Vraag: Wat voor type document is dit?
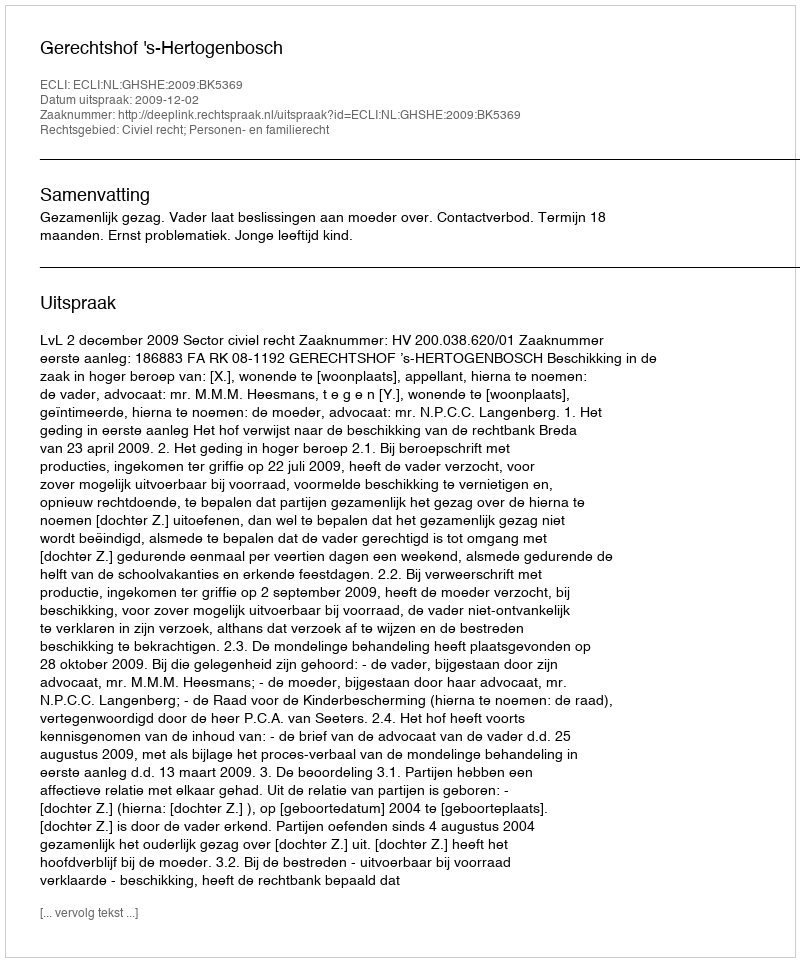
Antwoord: Uitspraak